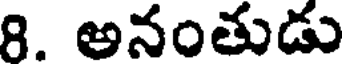
8. అనంతుడు